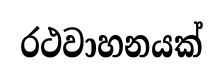
රථවාහනයක්